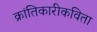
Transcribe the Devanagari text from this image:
क्रांतिकारीकविता